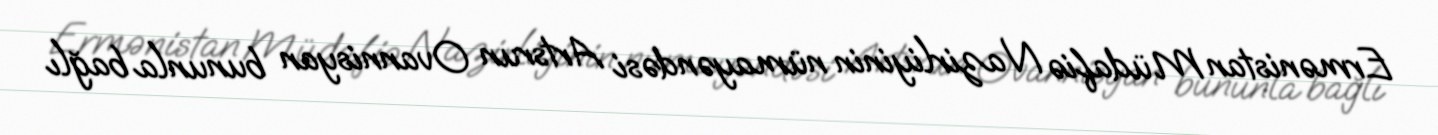
Ermənistan Müdafiə Nazirliyinin nümayəndəsi Artsrun Ovannisyan bununla bağlı